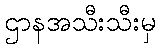
ဌာနအသီးသီးမှ